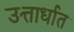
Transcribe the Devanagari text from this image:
उत्तार्धात